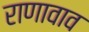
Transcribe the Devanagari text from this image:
राणावाव